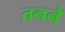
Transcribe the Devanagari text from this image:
तनने